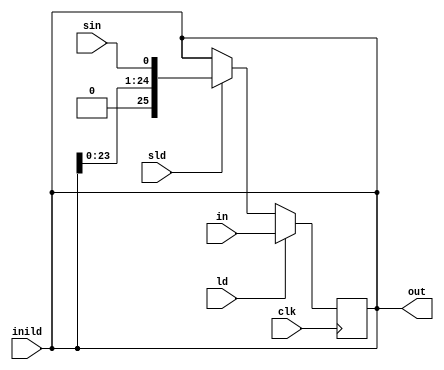
`timescale 1ps / 1ps
//////////////////////////////////////////////////////////////////////////////////
// Company: 
// Engineer: 
// 
// Design Name: 
// Module Name: entry
// Project Name: 
// Target Devices: 
// Tool Versions: 
// Description: 
// 
// Dependencies: 
// 
// Revision:
// Revision 0.01 - File Created
// Additional Comments:
// 
//////////////////////////////////////////////////////////////////////////////////

//26 bit register for Dividend
//25th bit is for sign, 24th contains 0 initially,23rd bit contains normalized bit. 22:0 contains mantissa
//inputs are clock(clk) , load (ld), loadinput(in), serialload(sld), initialload(inild), serialinput(sin) while output is out

module registerB(clk,ld,in,inild,sld,sin,out);

parameter size=26;

input clk,ld,sld,sin;
input [size-1:0] in,inild;	//inild is initial value to be stored.
output reg [size-1:0] out;

always @ (posedge clk)
begin
if(ld)	//if ld is high, loads the register
out<=in;
//...
else if(sld)	//if sld is high, shifts the contents left and inserts the serial input
out<={out[size-3:0],sin};
//...
end

always@(inild)
out<=inild;

endmodule
/*
module registerB_testbench;

parameter size=26;

reg clk,ld,sld,sin;
reg [size-1:0] in,inild;
wire [size-1:0] out;

registerQ R1(clk,ld,in,inild,sld,sin,out);

initial
begin
clk=0;

forever
#5 clk=~clk;
end

initial
begin
#10 ld=1; in=4156;
#10 ld=0;sld=1;sin=0;
#50 sld=0;
end
endmodule
*/